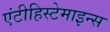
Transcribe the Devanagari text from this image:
एंटीहिस्टेमाइन्स